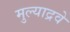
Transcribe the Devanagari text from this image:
मुल्याद्रवे